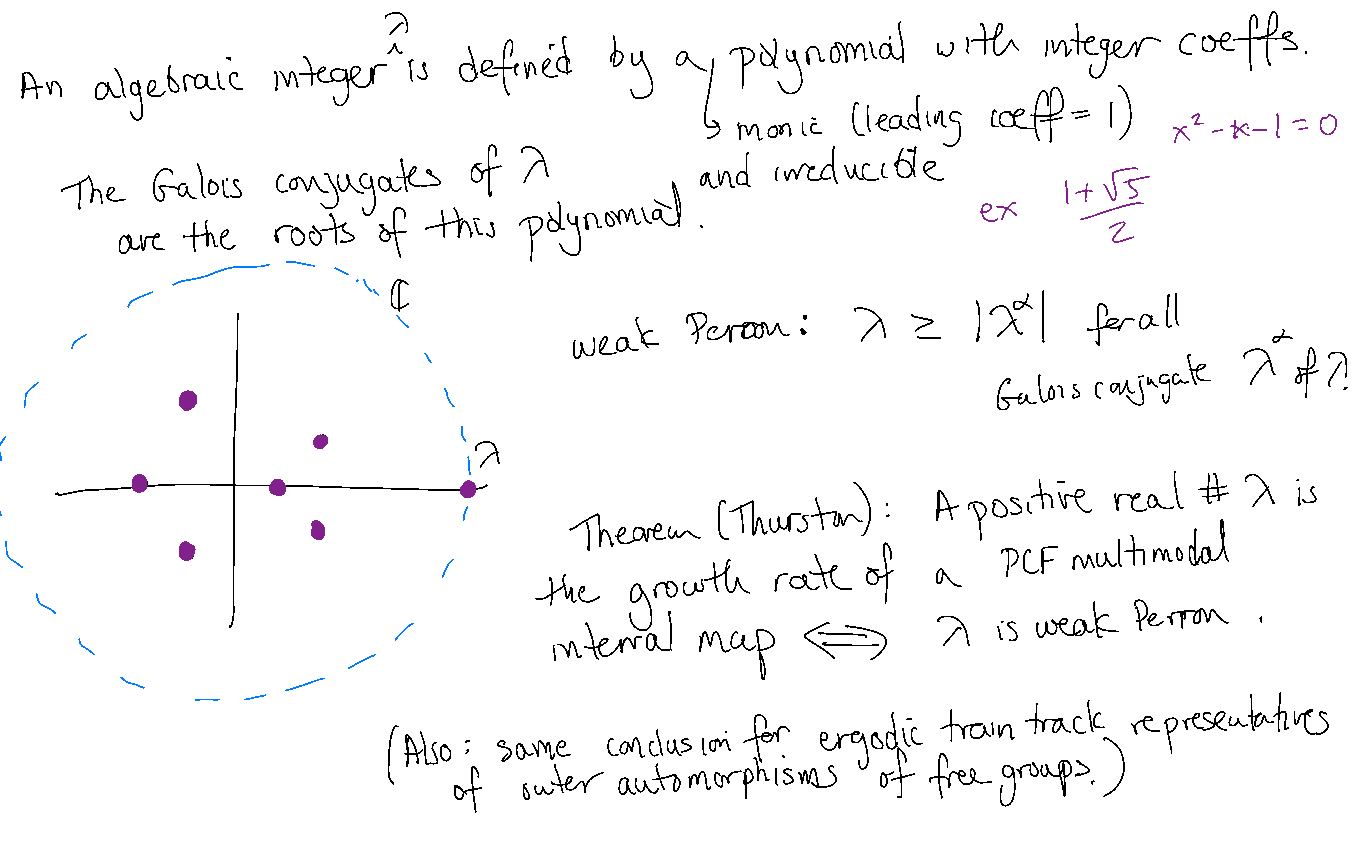
7                                                    cuffs
 polynomial    with   integer
 integer     defined   by   a                                        .
 algebraic            is                  ↳
 An
 caff    )
 monic
 (leading       -- I
 xz *  1=0
 -  -
 of X           and  irreducible
 Galois  conjugates
 The                                                               ,
 polynomial
 ex
 roots  of this
 the                               .                          z
 are
 -       -  i
 ¢
 -                                                        124       all
 '           weak   Perron  :  X   z           for
 -                                                                            Iof
 ¥7,                                                                 conjugate       ?
 Galois
 I         •                l
 '
 (                    •         X
 '                                                       )     A positive  real #  X   is
 (Thurston  :
 $                Theorem                          multimodal
 \           •                                            of       PCF
 '                     rate
 growth              a
 the
 '
 weak  Perron
 '          internal        ⇐        X   is               .
 i                                        map
 -
 -          -
 -  -                                                   track  representatives
 train
 for  ergodic
 (Also
 : same
 conclusion
 )
 of   outer automorphisms    of free groups
 .